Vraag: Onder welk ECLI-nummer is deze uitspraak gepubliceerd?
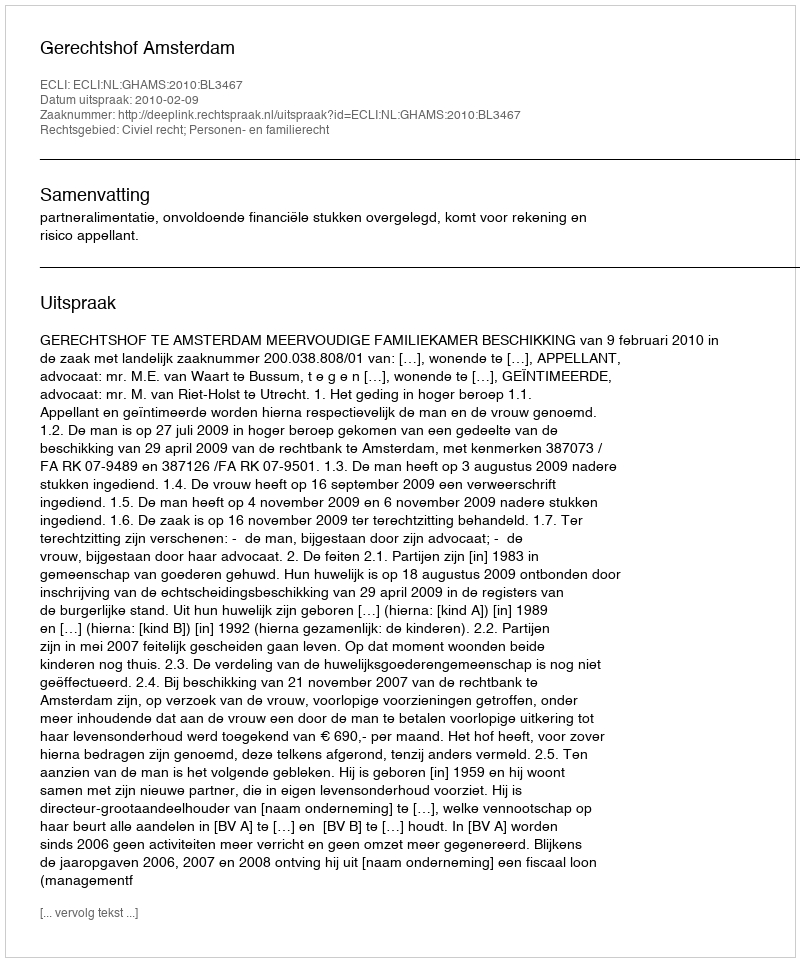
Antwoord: ECLI:NL:GHAMS:2010:BL3467